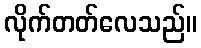
လိုက်တတ်လေသည်။